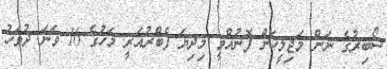
ސޯބިރުގެ ނަން މަޖިލީހަށް ފޮނުއްވީ މިދިޔަ ފެބްރުއަރީ މަހުގެ 16 ވަނަ ދުވަހު